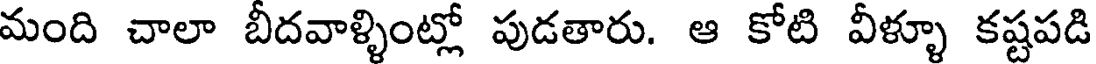
మంది చాలా బీదవాళ్ళింట్లో పుడతారు. ఆ కోటి వీళ్ళూ కష్టపడి